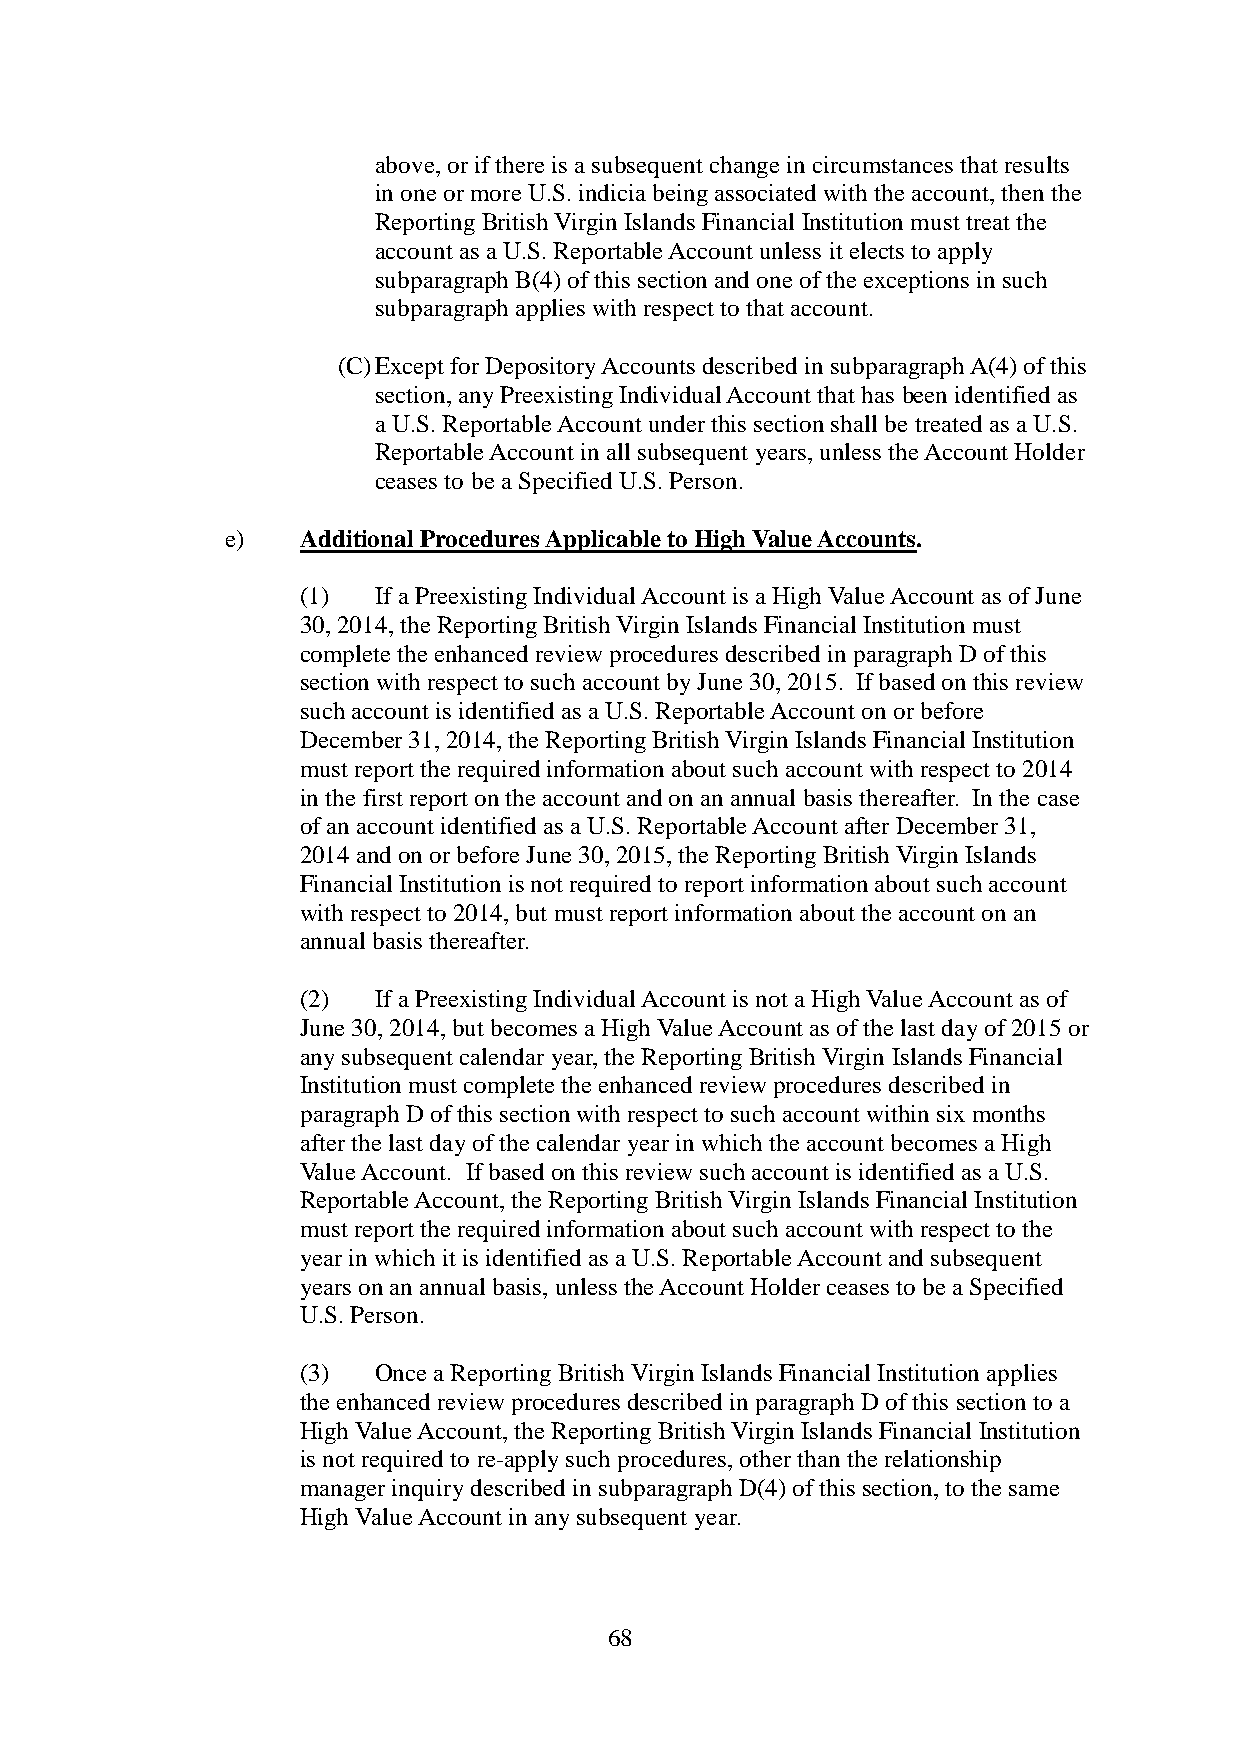
above, or if there is a subsequent change in circumstances that results
 in one or more U.S. indicia being associated with the account, then the
 Reporting British Virgin Islands Financial Institution must treat the
 account as a U.S. Reportable Account unless it elects to apply
 subparagraph B(4) of this section and one of the exceptions in such
 subparagraph applies with respect to that account.
 (C) Except for Depository Accounts described in subparagraph A(4) of this
 section, any Preexisting Individual Account that has been identified as
 a U.S. Reportable Account under this section shall be treated as a U.S.
 Reportable Account in all subsequent years, unless the Account Holder
 ceases to be a Specified U.S. Person.
 e)   Additional Procedures Applicable to High Value Accounts.
 (1)  If a Preexisting Individual Account is a High Value Account as of June
 30, 2014, the Reporting British Virgin Islands Financial Institution must
 complete the enhanced review procedures described in paragraph D of this
 section with respect to such account by June 30, 2015. If based on this review
 such account is identified as a U.S. Reportable Account on or before
 December 31, 2014, the Reporting British Virgin Islands Financial Institution
 must report the required information about such account with respect to 2014
 in the first report on the account and on an annual basis thereafter. In the case
 of an account identified as a U.S. Reportable Account after December 31,
 2014 and on or before June 30, 2015, the Reporting British Virgin Islands
 Financial Institution is not required to report information about such account
 with respect to 2014, but must report information about the account on an
 annual basis thereafter.
 (2)  If a Preexisting Individual Account is not a High Value Account as of
 June 30, 2014, but becomes a High Value Account as of the last day of 2015 or
 any subsequent calendar year, the Reporting British Virgin Islands Financial
 Institution must complete the enhanced review procedures described in
 paragraph D of this section with respect to such account within six months
 after the last day of the calendar year in which the account becomes a High
 Value Account. If based on this review such account is identified as a U.S.
 Reportable Account, the Reporting British Virgin Islands Financial Institution
 must report the required information about such account with respect to the
 year in which it is identified as a U.S. Reportable Account and subsequent
 years on an annual basis, unless the Account Holder ceases to be a Specified
 U.S. Person.
 (3)  Once a Reporting British Virgin Islands Financial Institution applies
 the enhanced review procedures described in paragraph D of this section to a
 High Value Account, the Reporting British Virgin Islands Financial Institution
 is not required to re-apply such procedures, other than the relationship
 manager inquiry described in subparagraph D(4) of this section, to the same
 High Value Account in any subsequent year.
 68